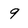
Character: 9